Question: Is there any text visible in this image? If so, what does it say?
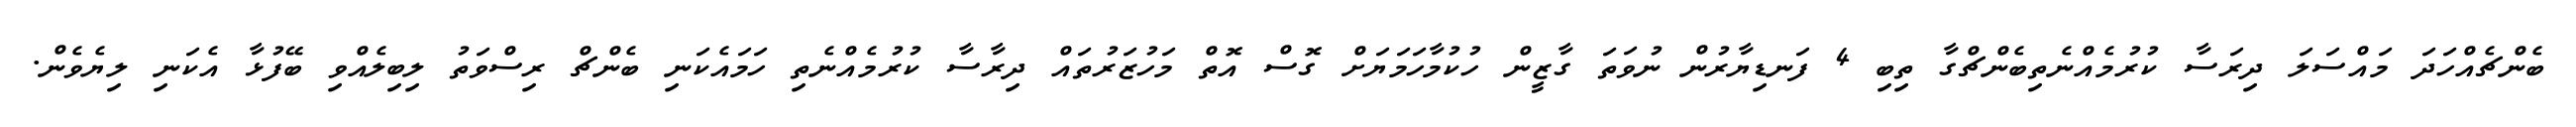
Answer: ބެންޗެއްހަދަ މައްސަލަ ދިރަސާ ކުރުމެއްނެތިބެންޗްގާ ތިބި 4 ފަނޑިޔާރުން ނުވަތަ ގާޒީން ހުކުމާހަމަޔަށް ގޮސް އޮތް މަހުޒަރުތައް ދިރާސާ ކުރުމެއްނެތި ހަމައެކަނި ބެންޗް ރިސްވަތު ލިބިލެއްވި ބޭފުޅާ އެކަނި ލިޔެވެން.